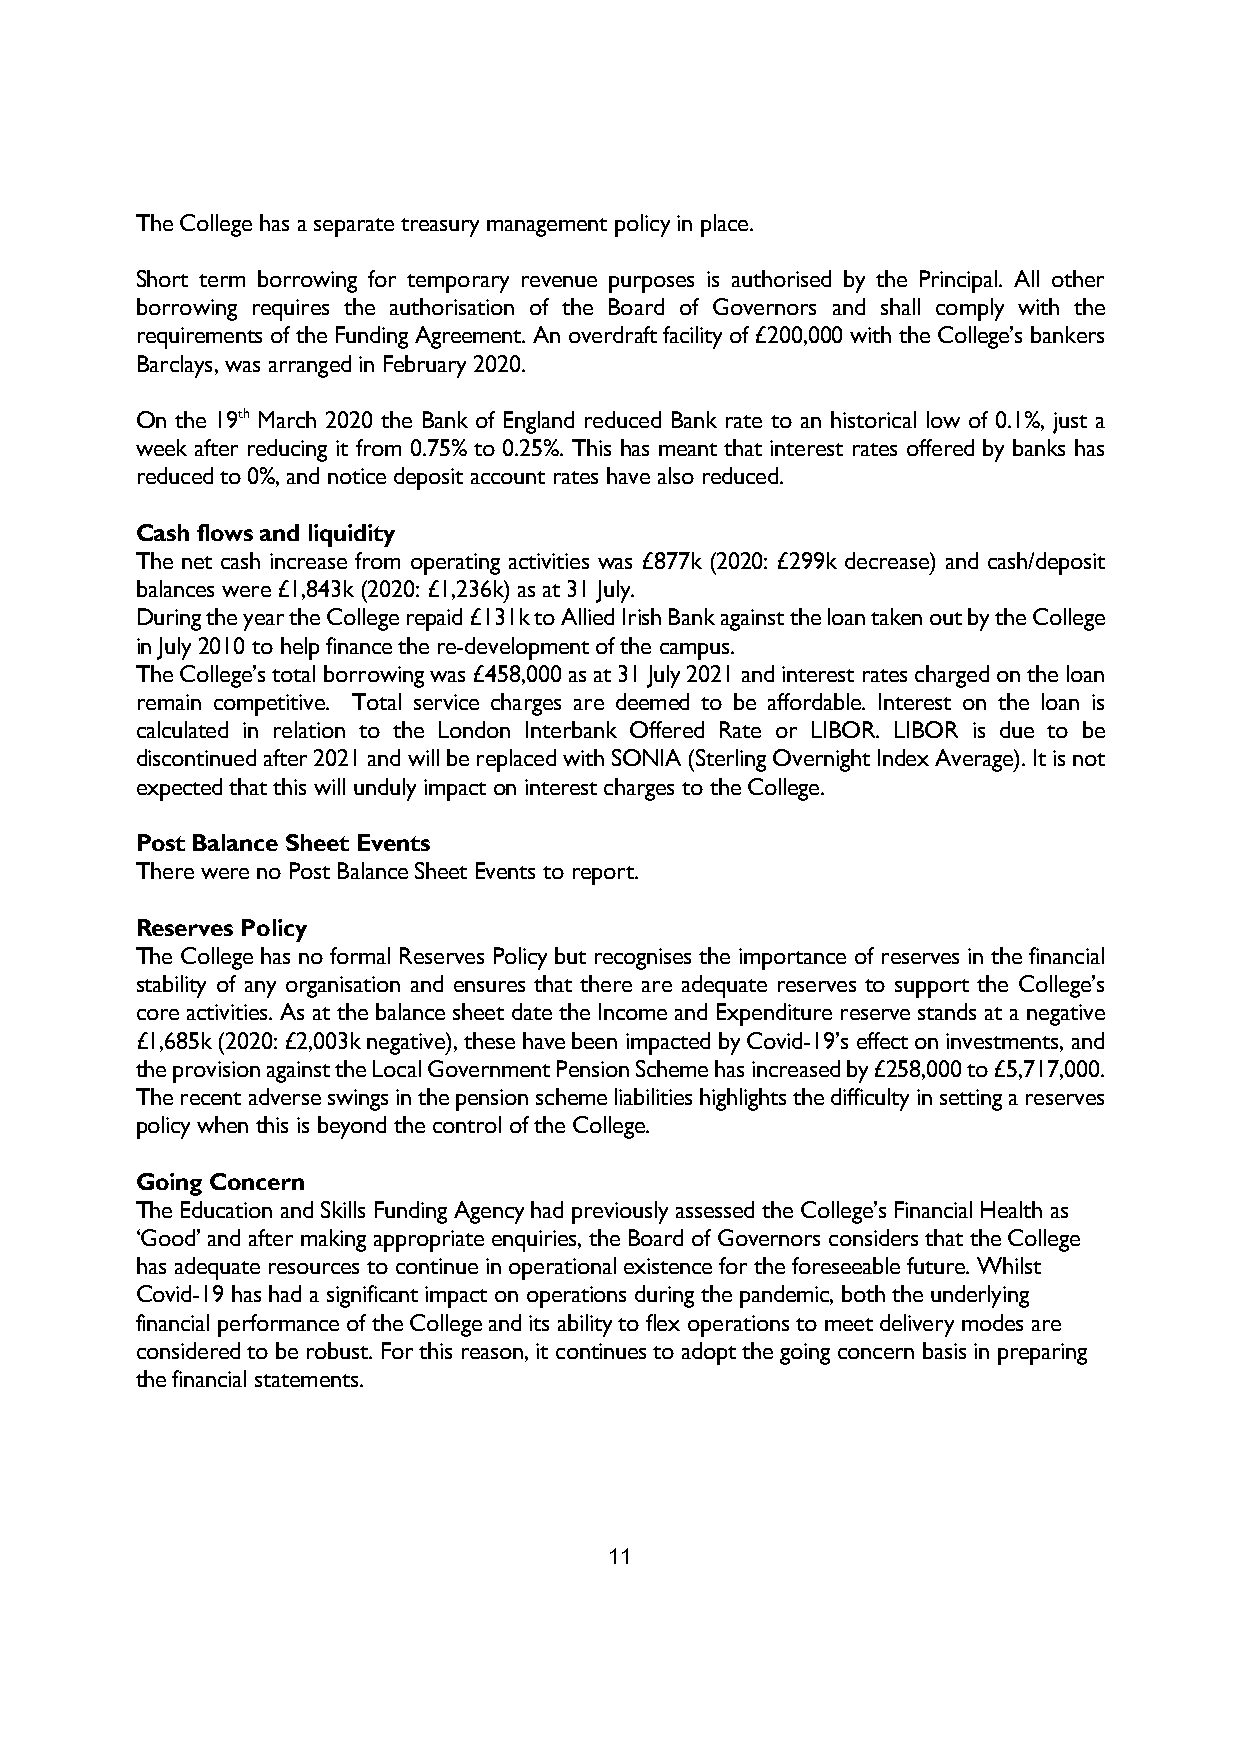
The College has a separate treasury management policy in place.
 Short term borrowing for temporary revenue purposes is authorised by the Principal. All other
 borrowing requires the authorisation of the Board of Governors and shall comply with the
 requirements of the Funding Agreement. An overdraft facility of £200,000 with the College’s bankers
 Barclays, was arranged in February 2020.
 On the 19th March 2020 the Bank of England reduced Bank rate to an historical low of 0.1%, just a
 week after reducing it from 0.75% to 0.25%. This has meant that interest rates offered by banks has
 reduced to 0%, and notice deposit account rates have also reduced.
 Cash flows and liquidity
 The net cash increase from operating activities was £877k (2020: £299k decrease) and cash/deposit
 balances were £1,843k (2020: £1,236k) as at 31 July.
 During the year the College repaid £131k to Allied Irish Bank against the loan taken out by the College
 in July 2010 to help finance the re-development of the campus.
 The College’s total borrowing was £458,000 as at 31 July 2021 and interest rates charged on the loan
 remain competitive. Total service charges are deemed to be affordable. Interest on the loan is
 calculated in relation to the London Interbank Offered Rate or LIBOR. LIBOR is due to be
 discontinued after 2021 and will be replaced with SONIA (Sterling Overnight Index Average). It is not
 expected that this will unduly impact on interest charges to the College.
 Post Balance Sheet Events
 There were no Post Balance Sheet Events to report.
 Reserves Policy
 The College has no formal Reserves Policy but recognises the importance of reserves in the financial
 stability of any organisation and ensures that there are adequate reserves to support the College’s
 core activities. As at the balance sheet date the Income and Expenditure reserve stands at a negative
 £1,685k (2020: £2,003k negative), these have been impacted by Covid-19’s effect on investments, and
 the provision against the Local Government Pension Scheme has increased by £258,000 to £5,717,000.
 The recent adverse swings in the pension scheme liabilities highlights the difficulty in setting a reserves
 policy when this is beyond the control of the College.
 Going Concern
 The Education and Skills Funding Agency had previously assessed the College’s Financial Health as
 ‘Good’ and after making appropriate enquiries, the Board of Governors considers that the College
 has adequate resources to continue in operational existence for the foreseeable future. Whilst
 Covid-19 has had a significant impact on operations during the pandemic, both the underlying
 financial performance of the College and its ability to flex operations to meet delivery modes are
 considered to be robust. For this reason, it continues to adopt the going concern basis in preparing
 the financial statements.
 11